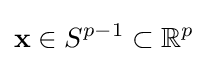
\mathbf {x} \in S^{p-1}\subset \mathbb {R} ^{p}